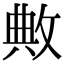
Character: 敟